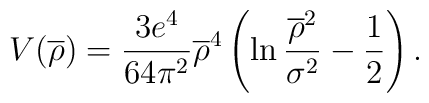
V(\overline{\rho})=\frac{3e^{4}}{64\pi^{2}}\overline{\rho}^{4}\left(\ln\frac{\overline{\rho}^{2}}{\sigma^{2}}-\frac{1}{2}\right).